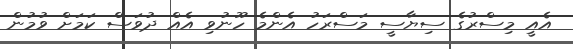
އެއީ މިސްރުގެ ސިޔާސީ މަސްރަހު އެންމެ ހޫނުވި އެއް ދުވަސް ކަމަށް ވުމުން